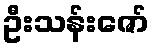
ဦးသန်းဇော်